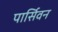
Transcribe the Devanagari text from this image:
पार्सिवन